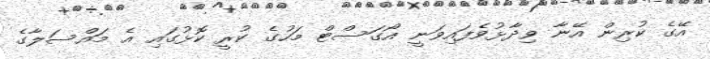
އޭގެ ކުރިން އޭނާ ވިދާޅުވެފައިވަނީ އޯގަސްޓް މަހުގެ ކުރީ ކޮޅުގައި އެ މައްސަލާގެ